画像に写った文字を読んでください
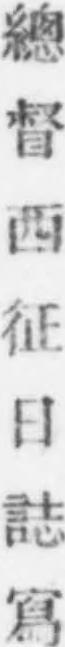
「總督西征日誌寫」と書いてあります